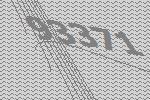
93371